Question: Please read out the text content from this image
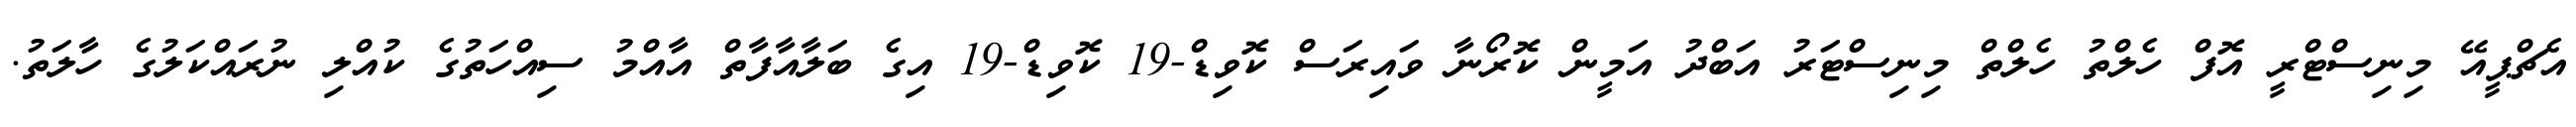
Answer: އެޗްޕީއޭ މިނިސްޓްރީ އޮފް ހެލްތު ހެލްތް މިނިސްޓަރު އަބްދު އަމީން ކޮރޯނާ ވައިރަސް ކޮވިޑް-19 ކޮވިޑް-19 އިގެ ބަލާއާފާތް އާއްމު ސިއްހަތުގެ ކުއްލި ނުރައްކަލުގެ ހާލަތު.